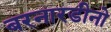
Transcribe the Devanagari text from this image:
बरनारडीनो